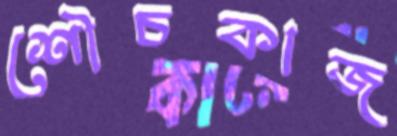
শৌচকাজ